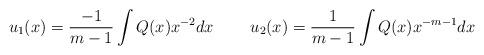
LaTeX: \begin{align*}u_1(x) &= \frac{-1}{m-1}\int Q(x) x^{-2}dx&u_2(x) &= \frac{1}{m-1}\int Q(x)x^{-m-1} dx\end{align*}